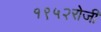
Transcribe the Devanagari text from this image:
१९५२रोजी